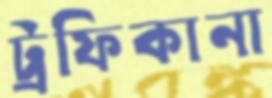
ট্রফিকানা